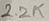
Text: 2.2K